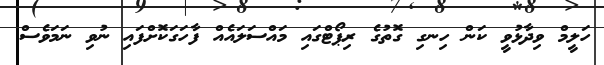
ހަލީމް ވިދާޅުވީ ކަން ހިނގި ގޮތުގެ ރިޕޯޓްގައި މައްސަލައެއް ފާހަގަކޮށްފައި ނުވި ނަމަވެސް